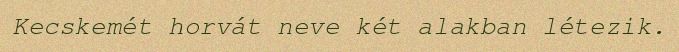
Kecskemét horvát neve két alakban létezik.